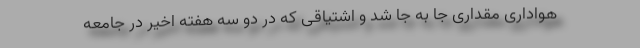
هواداری مقداری جا به جا شد و اشتیاقی که در دو سه هفته اخیر در جامعه